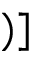
) ]